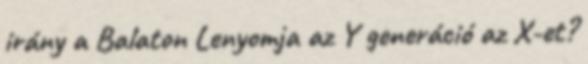
irány a Balaton Lenyomja az Y generáció az X-et?